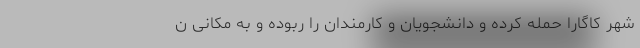
شهر کاگارا حمله کرده و دانشجویان و کارمندان را ربوده و به مکانی ن